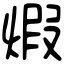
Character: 煆